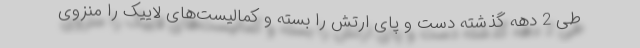
طی 2 دهه گذشته دست و پای ارتش را بسته و کمالیست‌های لاییک را منزوی